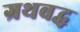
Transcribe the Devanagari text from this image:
ग्रथबद्ध